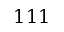
1 1 1